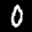
Label: 0